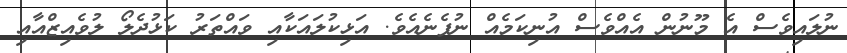
ނުލައިވެސް އެ މޫނުން އެއްވެސް އުނިކަމެއް ނުފެނެއެވެ. އަޅިކުލައަކާއި ވައްތަރު ކަޅުދެލޯ ލުވެއިޒްއާއި